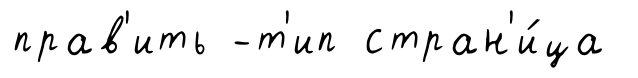
прав'ить -т'ип стран'и́ца